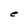
Character: e